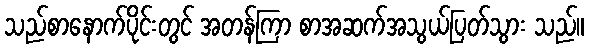
သည်စာနောက်ပိုင်းတွင် အတန်ကြာ စာအဆက်အသွယ်ပြတ်သွား သည်။